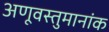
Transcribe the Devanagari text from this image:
अणूवस्तुमानांक